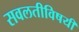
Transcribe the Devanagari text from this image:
सवलतीविषयी